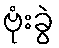
ဗုံးခွဲ